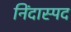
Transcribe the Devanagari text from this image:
निंदास्पद